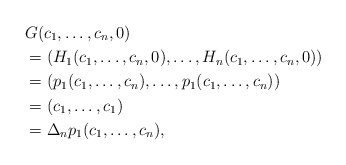
\begin{align*} &G(c_1,\dots,c_n,0)\\&=(H_1(c_1,\dots,c_n,0),\dots,H_n(c_1,\dots,c_n,0))\\ &=(p_1(c_1,\dots,c_n),\dots,p_1(c_1,\dots,c_n))\\&=(c_1,\dots,c_1)\\ &=\Delta_np_1(c_1,\dots,c_n),\end{align*}